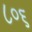
૮૦૬